Source: Computer-generated
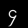
Digit: ၄ (4)